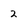
Character: 2